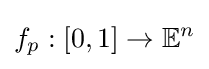
f_{p}:[0,1]\to \mathbb {E} ^{n}